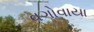
વગોવાયા